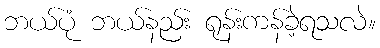
ဘယ်ပုံ ဘယ်နည်း ရုန်းကန်ခဲ့ရသလဲ။